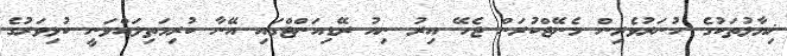
ޚިޔާލުތަކުގެ ހުނަރުވެރިން މެނޭޖްކުރަން ޖެހޭ އިރު ނިއު ރޭޑިއަންޓްގައި އޭނާ ކުރިމަތިލައްވަނީ ކުޅިވަރުގެ